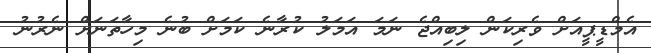
އެމްޑީޕީއަށް ވެރިކަން ލިބިއްޖެ ނަމަ އަމަލު ކުރާނެ ކަމަށް ބުނެ މިހާތަނަށް ނެރުނު